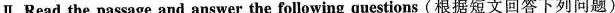
Ⅱ.Read the passage and answer the following questions (根据短文回答下列问题)